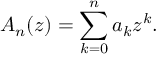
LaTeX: A _ { n } ( z ) = \sum _ { k = 0 } ^ { n } a _ { k } z ^ { k } .